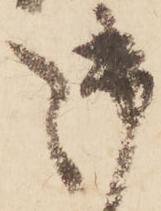
御